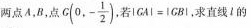
两点A，B，点G(0,-\frac{1}{2})，若$$\left | G A \right | = \left | G B \right |$$，求直线l的